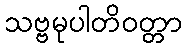
သဗ္ဗမုပါတိဝတ္တာ